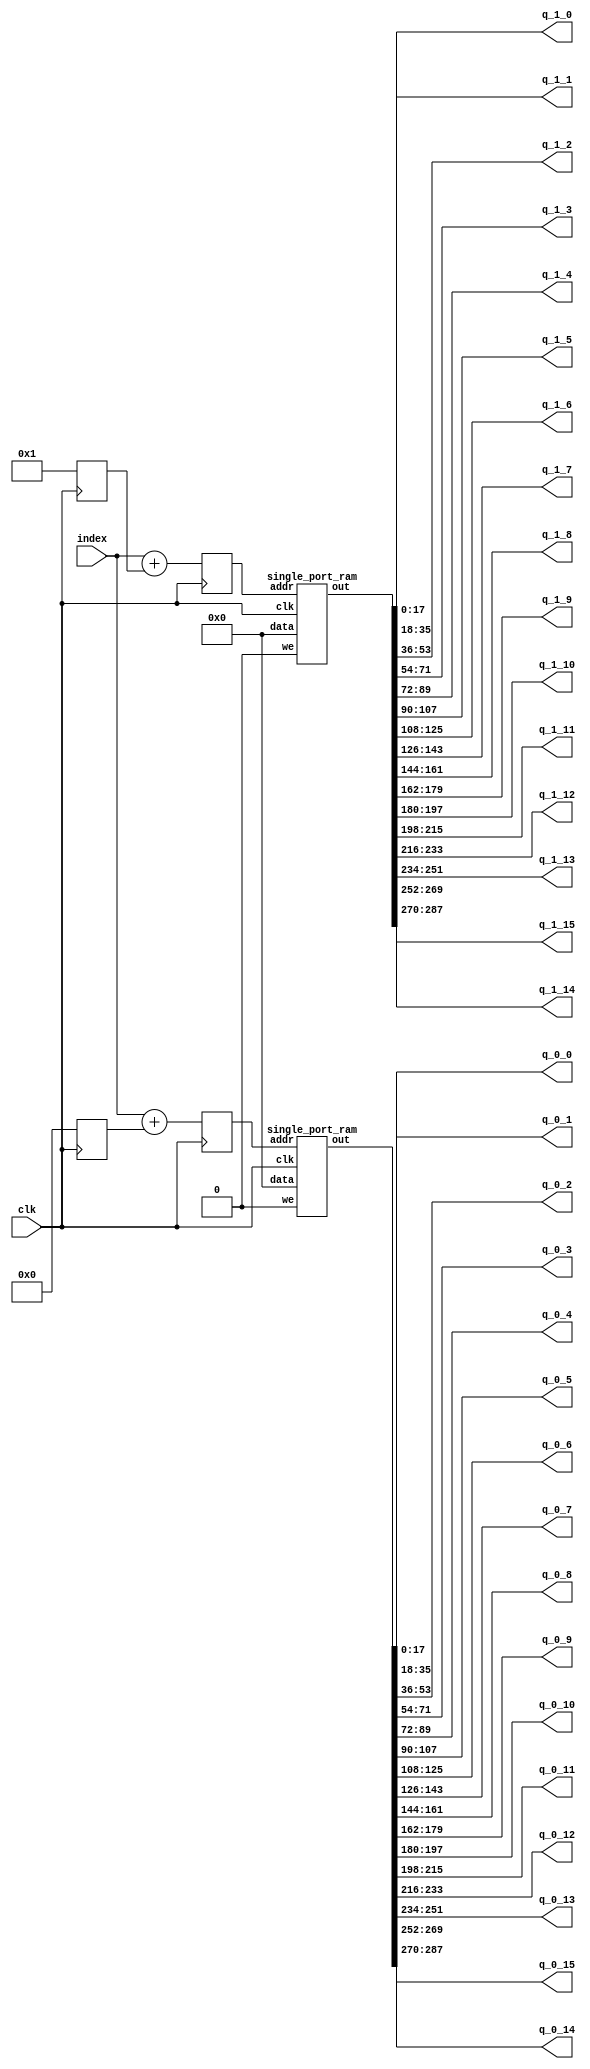
`define SIMULATION_MEMORY

module weight_buffer_18_16_2_64_bi_0 (
	input clk,
	output [17:0] q_0_0,
	output [17:0] q_0_1,
	output [17:0] q_0_2,
	output [17:0] q_0_3,
	output [17:0] q_0_4,
	output [17:0] q_0_5,
	output [17:0] q_0_6,
	output [17:0] q_0_7,
	output [17:0] q_0_8,
	output [17:0] q_0_9,
	output [17:0] q_0_10,
	output [17:0] q_0_11,
	output [17:0] q_0_12,
	output [17:0] q_0_13,
	output [17:0] q_0_14,
	output [17:0] q_0_15,
	output [17:0] q_1_0,
	output [17:0] q_1_1,
	output [17:0] q_1_2,
	output [17:0] q_1_3,
	output [17:0] q_1_4,
	output [17:0] q_1_5,
	output [17:0] q_1_6,
	output [17:0] q_1_7,
	output [17:0] q_1_8,
	output [17:0] q_1_9,
	output [17:0] q_1_10,
	output [17:0] q_1_11,
	output [17:0] q_1_12,
	output [17:0] q_1_13,
	output [17:0] q_1_14,
	output [17:0] q_1_15,
	input [5:0] index
);

wire [287:0] packed_result_0;
reg [5:0] addrs_0;
reg [5:0] addrs_base_0;
wire [287:0] packed_result_1;
reg [5:0] addrs_1;
reg [5:0] addrs_base_1;

always @ (posedge clk) begin
	addrs_base_0 <= 0;
	addrs_base_1 <= 1;
	addrs_0 <= index + addrs_base_0;
	addrs_1 <= index + addrs_base_1;
end

wire rom_we;
assign rom_we = 1'b0;

single_port_ram ram_inst_0 (
	.we(rom_we),
	.addr(addrs_0),
	.data(288'd0),
	.out(packed_result_0),
	.clk(clk)
);

single_port_ram ram_inst_1 (
	.we(rom_we),
	.addr(addrs_1),
	.data(288'd0),
	.out(packed_result_1),
	.clk(clk)
);

// Unpack result
assign q_0_0 = packed_result_0[17:0];
assign q_0_1 = packed_result_0[35:18];
assign q_0_2 = packed_result_0[53:36];
assign q_0_3 = packed_result_0[71:54];
assign q_0_4 = packed_result_0[89:72];
assign q_0_5 = packed_result_0[107:90];
assign q_0_6 = packed_result_0[125:108];
assign q_0_7 = packed_result_0[143:126];
assign q_0_8 = packed_result_0[161:144];
assign q_0_9 = packed_result_0[179:162];
assign q_0_10 = packed_result_0[197:180];
assign q_0_11 = packed_result_0[215:198];
assign q_0_12 = packed_result_0[233:216];
assign q_0_13 = packed_result_0[251:234];
assign q_0_14 = packed_result_0[269:252];
assign q_0_15 = packed_result_0[287:270];
assign q_1_0 = packed_result_1[17:0];
assign q_1_1 = packed_result_1[35:18];
assign q_1_2 = packed_result_1[53:36];
assign q_1_3 = packed_result_1[71:54];
assign q_1_4 = packed_result_1[89:72];
assign q_1_5 = packed_result_1[107:90];
assign q_1_6 = packed_result_1[125:108];
assign q_1_7 = packed_result_1[143:126];
assign q_1_8 = packed_result_1[161:144];
assign q_1_9 = packed_result_1[179:162];
assign q_1_10 = packed_result_1[197:180];
assign q_1_11 = packed_result_1[215:198];
assign q_1_12 = packed_result_1[233:216];
assign q_1_13 = packed_result_1[251:234];
assign q_1_14 = packed_result_1[269:252];
assign q_1_15 = packed_result_1[287:270];

endmodule

module single_port_ram(
clk,
addr,
data,
we,
out
);

parameter DATA_WIDTH = 288;
parameter ADDR_WIDTH = 6;
input clk;
input [ADDR_WIDTH-1:0] addr;
input [DATA_WIDTH-1:0] data;
input we;
output reg [DATA_WIDTH-1:0] out;

reg [DATA_WIDTH-1:0] ram[ADDR_WIDTH-1:0];

always @(posedge clk) begin
  if (we) begin
    ram[addr] <= data;
  end
  else begin
    out <= ram[addr];
  end
end

endmodule